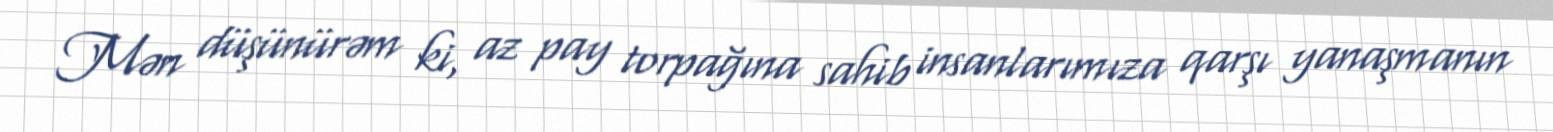
Mən düşünürəm ki, az pay torpağına sahib insanlarımıza qarşı yanaşmanın